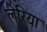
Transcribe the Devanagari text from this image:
लेरिया